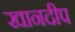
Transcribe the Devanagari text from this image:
खानदीप